Lunatic asylums in Bengal annual reports 1912-1924 - 1912-1924
Year: 1912
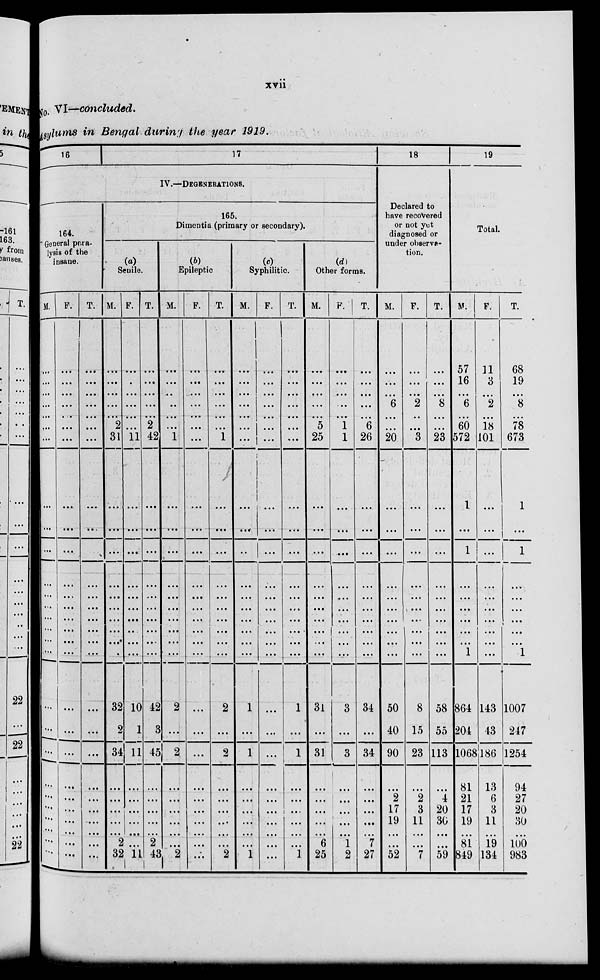
xvii
No. VI—concluded.
Asylums in Bengal during the year 1919.
16
17
IV.—DEGENERATIONS.
164.
General para-
lysis of the
insane.
M.
...
...
...
...
...
...
...
...
...
...
...
...
...
...
...
...
...
...
...
...
...
...
...
...
...
...
...
F.
...
...
...
...
...
...
...
...
...
...
...
....
...
...
...
...
...
...
...
...
...
...
...
...
...
...
...
T.
...
...
...
...
...
...
...
...
...
...
...
...
...
...
...
...
...
...
...
...
...
...
...
...
...
...
...
165.
Dimentia (primary or secondary).
(a)
Senile.
M.
...
...
...
...
...
2
31
...
...
...
...
...
...
...
...
...
...
32
2
34
...
...
...
...
...
2
32
F.
...
...
...
...
...
...
11
...
...
...
...
...
...
...
...
...
...
10
1
11
...
...
...
...
...
...
11
T.
...
...
...
...
...
2
42
...
...
...
...
...
...
...
...
...
...
42
3
45
...
...
...
...
2
43
(b)
Epileptic.
M.
...
...
...
...
...
...
1
...
...
...
...
...
...
...
...
...
...
2
...
2
...
...
...
...
...
...
2
F.
...
...
...
...
...
...
...
...
...
...
...
...
...
...
...
...
...
...
...
...
...
...
...
...
...
...
...
T.
...
...
...
...
...
...
1
...
...
...
...
...
...
...
...
...
...
2
...
2
...
...
...
...
...
...
2
(c)
Syphilitic.
M.
...
...
...
...
...
...
...
...
...
...
...
...
...
...
...
...
...
1
...
1
...
...
...
...
...
...
1
F.
...
...
...
...
...
...
...
...
...
...
...
...
...
...
...
...
...
...
...
...
...
...
...
...
...
...
...
T.
...
...
...
...
...
...
...
...
...
...
...
...
...
...
...
...
...
1
...
1
...
...
...
...
...
...
1
(d)
Other forms.
M.
...
...
...
...
...
5
25
...
...
...
...
...
...
...
...
...
...
31
...
31
...
...
...
...
...
6
25
F.
...
...
...
...
...
1
1
...
...
...
...
...
...
...
...
...
...
3
...
3
...
...
...
...
...
1
2
T.
...
...
...
...
...
6
26
...
...
...
...
...
...
...
...
...
...
34
...
34
...
...
...
...
...
7
27
18
Declared to
have recovered
or not yet
diagnosed or
under observa-
tion.
M.
...
...
...
6
...
...
20
...
...
...
...
...
...
...
...
....
...
50
40
90
...
2
17
19
...
...
52
F.
...
...
...
2
...
...
3
...
...
...
...
...
...
...
...
...
...
8
15
23
...
2
3
11
...
...
7
T.
...
...
...
8
...
...
23
...
...
...
...
...
...
...
...
...
...
58
55
113
...
4
20
30
...
...
59
19
Total.
M.
57
16
...
6
...
60
572
1
...
1
...
...
...
...
...
...
1
864
204
1068
81
21
17
19
...
81
849
F.
11
3
...
2
...
18
101
...
...
...
...
...
...
...
...
...
...
143
43
186
13
6
3
11
...
19
134
T.
68
19
...
8
...
78
673
1
...
1
...
...
...
...
...
...
1
1007
247
1254
94
27
20
30
...
100
983